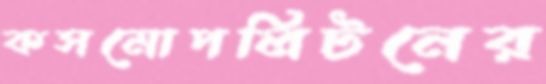
কসমোপলিটনের